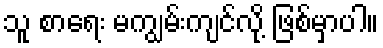
သူ စာရေး မကျွမ်းကျင်လို့ ဖြစ်မှာပါ။